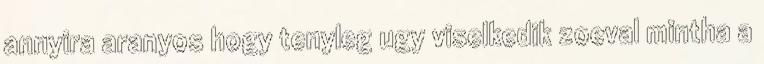
annyira aranyos hogy tenyleg ugy viselkedik zoeval mintha a